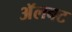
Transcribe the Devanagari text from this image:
अॅलबट